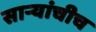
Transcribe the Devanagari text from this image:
सार्‍यांचीच